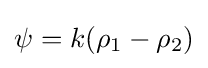
\psi =k(\rho _{1}-\rho _{2})